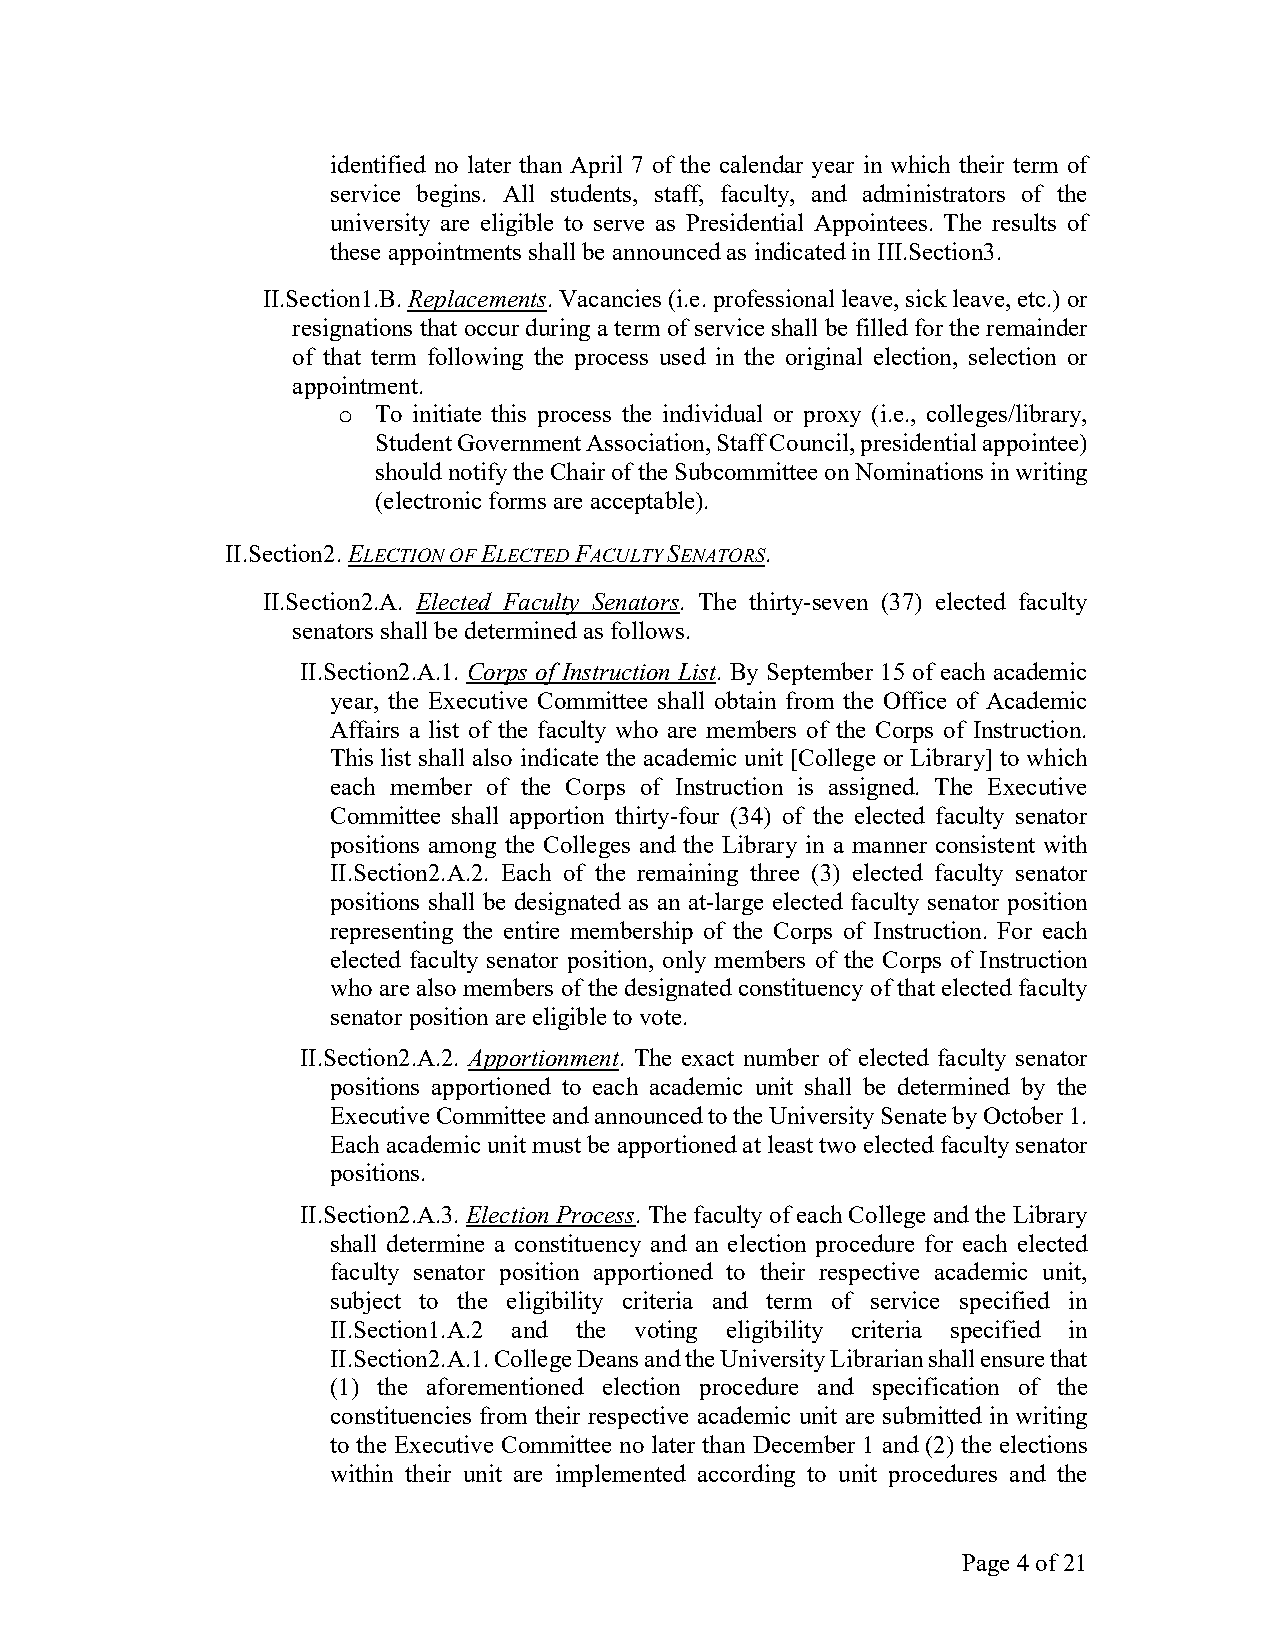
identified no later than April 7 of the calendar year in which their term of
 service begins. All students, staff, faculty, and administrators of the
 university are eligible to serve as Presidential Appointees. The results of
 these appointments shall be announced as indicated in III.Section3.
 II.Section1.B. Replacements. Vacancies (i.e. professional leave, sick leave, etc.) or
 resignations that occur during a term of service shall be filled for the remainder
 of that term following the process used in the original election, selection or
 appointment.
 To initiate this process the individual or proxy (i.e., colleges/library,
 o
 Student Government Association, Staff Council, presidential appointee)
 should notify the Chair of the Subcommittee on Nominations in writing
 (electronic forms are acceptable).
 II.Section2. ELECTION OF ELECTED FACULTY SENATORS.
 II.Section2.A. Elected Faculty Senators. The thirty-seven (37) elected faculty
 senators shall be determined as follows.
 II.Section2.A.1. Corps of Instruction List. By September 15 of each academic
 year, the Executive Committee shall obtain from the Office of Academic
 Affairs a list of the faculty who are members of the Corps of Instruction.
 This list shall also indicate the academic unit [College or Library] to which
 each member of the Corps of Instruction is assigned. The Executive
 Committee shall apportion thirty-four (34) of the elected faculty senator
 positions among the Colleges and the Library in a manner consistent with
 II.Section2.A.2. Each of the remaining three (3) elected faculty senator
 positions shall be designated as an at-large elected faculty senator position
 representing the entire membership of the Corps of Instruction. For each
 elected faculty senator position, only members of the Corps of Instruction
 who are also members of the designated constituency of that elected faculty
 senator position are eligible to vote.
 II.Section2.A.2. Apportionment. The exact number of elected faculty senator
 positions apportioned to each academic unit shall be determined by the
 Executive Committee and announced to the University Senate by October 1.
 Each academic unit must be apportioned at least two elected faculty senator
 positions.
 II.Section2.A.3. Election Process. The faculty of each College and the Library
 shall determine a constituency and an election procedure for each elected
 faculty senator position apportioned to their respective academic unit,
 subject to the eligibility criteria and term of service specified in
 II.Section1.A.2 and the voting eligibility criteria specified in
 II.Section2.A.1. College Deans and the University Librarian shall ensure that
 (1) the aforementioned election procedure and specification of the
 constituencies from their respective academic unit are submitted in writing
 to the Executive Committee no later than December 1 and (2) the elections
 within their unit are implemented according to unit procedures and the
 Page 4 of 21